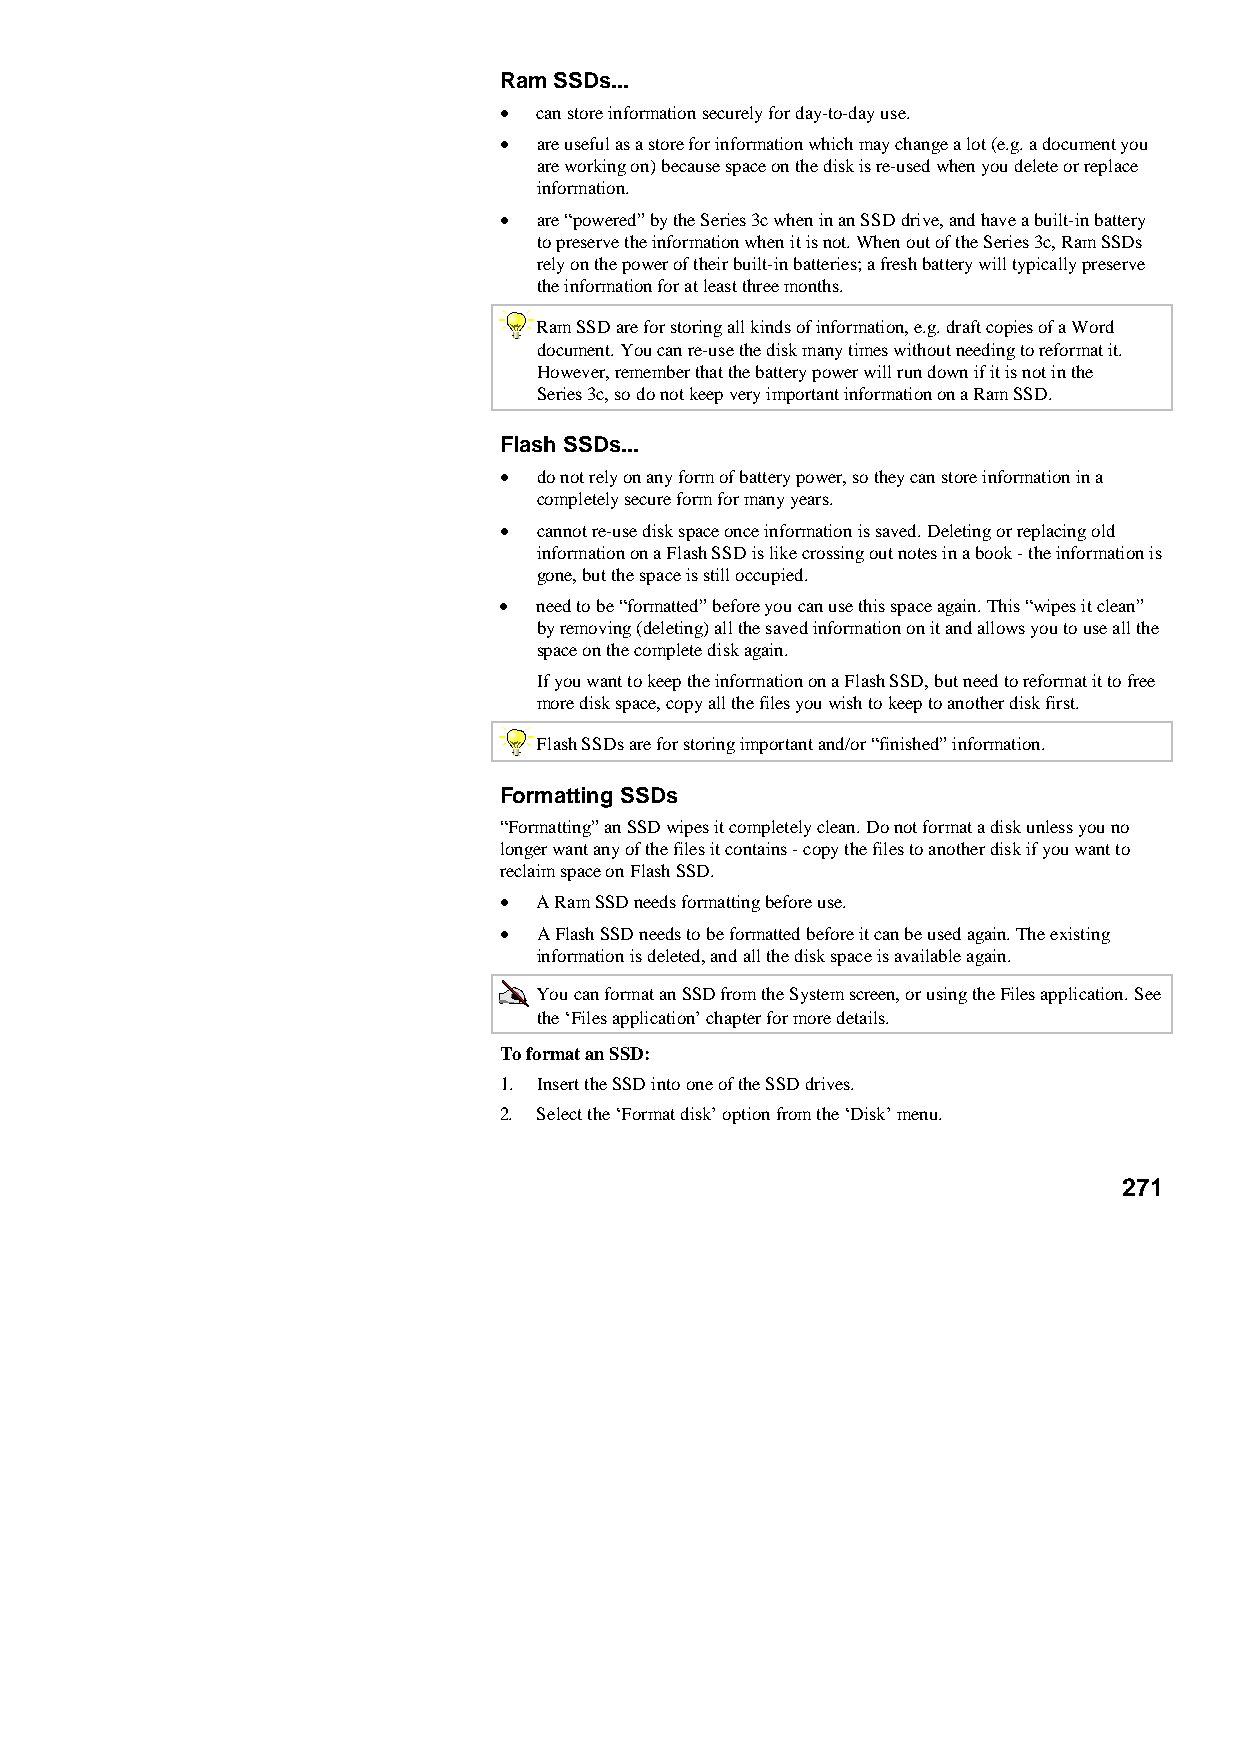
Ram SSDs...
 •  can store information securely for day-to-day use.
 •  are useful as a store for information which may change a lot (e.g. a document you
 are working on) because space on the disk is re-used when you delete or replace
 information.
 •  are “powered” by the Series 3c when in an SSD drive, and have a built-in battery
 to preserve the information when it is not. When out of the Series 3c, Ram SSDs
 rely on the power of their built-in batteries; a fresh battery will typically preserve
 the information for at least three months.
 Ram SSD are for storing all kinds of information, e.g. draft copies of a Word
 document. You can re-use the disk many times without needing to reformat it.
 However, remember that the battery power will run down if it is not in the
 Series 3c, so do not keep very important information on a Ram SSD.
 Flash SSDs...
 •  do not rely on any form of battery power, so they can store information in a
 completely secure form for many years.
 •  cannot re-use disk space once information is saved. Deleting or replacing old
 information on a Flash SSD is like crossing out notes in a book - the information is
 gone, but the space is still occupied.
 •  need to be “formatted” before you can use this space again. This “wipes it clean”
 by removing (deleting) all the saved information on it and allows you to use all the
 space on the complete disk again.
 If you want to keep the information on a Flash SSD, but need to reformat it to free
 more disk space, copy all the files you wish to keep to another disk first.
 Flash SSDs are for storing important and/or “finished” information.
 Formatting SSDs
 “Formatting” an SSD wipes it completely clean. Do not format a disk unless you no
 longer want any of the files it contains - copy the files to another disk if you want to
 reclaim space on Flash SSD.
 •  A Ram SSD needs formatting before use.
 •  A Flash SSD needs to be formatted before it can be used again. The existing
 information is deleted, and all the disk space is available again.
 You can format an SSD from the System screen, or using the Files application. See
 the ‘Files application’ chapter for more details.
 To format an SSD:
 1. Insert the SSD into one of the SSD drives.
 2. Select the ‘Format disk’ option from the ‘Disk’ menu.
 271